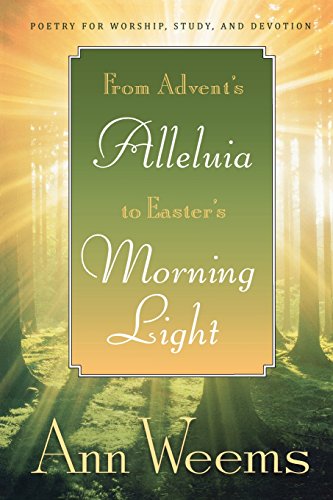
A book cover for From Advent's Alleluia to Easter's Morning Light: Poetry for Worship, Study, and Devotion; Ann Weems; Christian Books & Bibles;